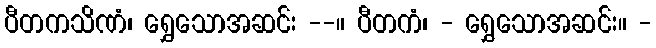
ပီတကသိဏံ၊ ရွှေသောအဆင်း --။ ပီတကံ၊ - ရွှေသောအဆင်း။ -